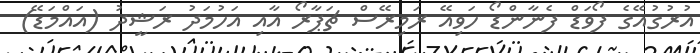
އުރުގުއޭގެ ފޯވަޑް ފެނާންޑޯ ހަވިއޭ ރަމިރޭސް ޗަޕާރޯ އާއި އަހުމަދު ރަޝީދު (އައްމަޑޭ)